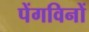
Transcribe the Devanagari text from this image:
पेंगविनों